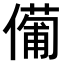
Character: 𠏆